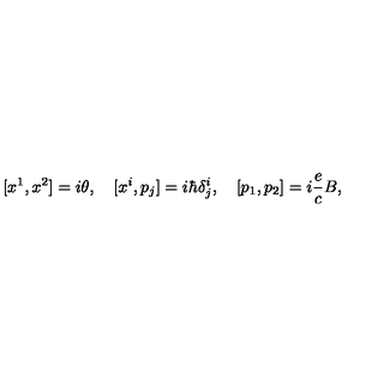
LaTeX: [ x ^ { 1 } , x ^ { 2 } ] = i \theta , \quad [ x ^ { i } , p _ { j } ] = i \hbar \delta _ { j } ^ { i } , \quad [ p _ { 1 } , p _ { 2 } ] = i \frac { e } { c } B ,